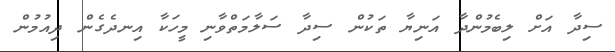
ސިދާ އަށް ލިބެމުންދާ އަނިޔާ ތަކުން ސިދާ ސަލާމަތްވާނި މީހަކާ އިނދެގެން ދިއުމުން